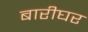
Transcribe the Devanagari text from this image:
बारीघर